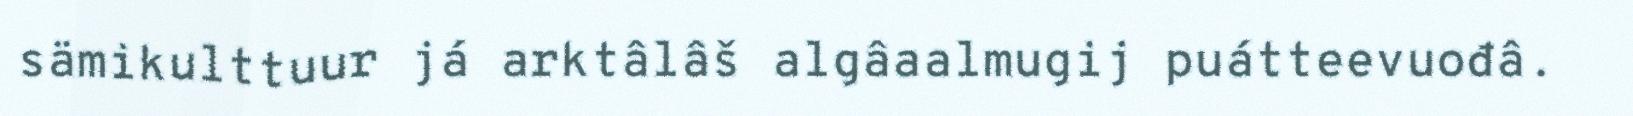
sämikulttuur já arktâlâš algâaalmugij puátteevuođâ.